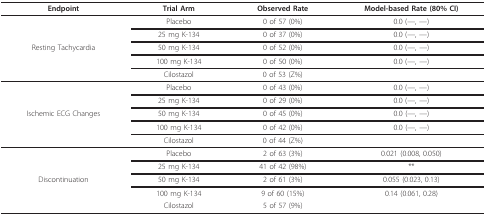
<table><thead><tr><td><b>Endpoint</b></td><td><b>Trial Arm</b></td><td><b>Observed Rate</b></td><td><b>Model-based Rate (80% CI)</b></td></tr></thead><tbody><tr><td></td><td>Placebo</td><td>0 of 57 (0%)</td><td>0.0 (---, ---)</td></tr><tr><td></td><td>25 mg K-134</td><td>0 of 37 (0%)</td><td>0.0 (---, ---)</td></tr><tr><td>Resting Tachycardia</td><td>50 mg K-134</td><td>0 of 52 (0%)</td><td>0.0 (---, ---)</td></tr><tr><td></td><td>100 mg K-134</td><td>0 of 50 (0%)</td><td>0.0 (---, ---)</td></tr><tr><td></td><td>Cilostazol</td><td>0 of 53 (Z%)</td><td></td></tr><tr><td></td><td>Placebo</td><td>0 of 43 (0%)</td><td>0.0 (---, ---)</td></tr><tr><td></td><td>25 mg K-134</td><td>0 of 29 (0%)</td><td>0.0 (---, ---)</td></tr><tr><td>Ischemic ECG Changes</td><td>50 mg K-134</td><td>0 of 45 (0%)</td><td>0.0 (---, ---)</td></tr><tr><td></td><td>100 mg K-134</td><td>0 of 42 (0%)</td><td>0.0 (---, ---)</td></tr><tr><td></td><td>Cilostazol</td><td>0 of 44 (Z%)</td><td></td></tr><tr><td></td><td>Placebo</td><td>2 of 63 (3%)</td><td>0.021 (0.008, 0.050)</td></tr><tr><td></td><td>25 mg K-134</td><td>41 of 42 (98%)</td><td>**</td></tr><tr><td>Discontinuation</td><td>50 mg K-134</td><td>2 of 61 (3%)</td><td>0.055 (0.023, 0.13)</td></tr><tr><td></td><td>100 mg K-134</td><td>9 of 60 (15%)</td><td>0.14 (0.061, 0.28)</td></tr><tr><td></td><td>Cilostazol</td><td>5 of 57 (9%)</td><td></td></tr></tbody></table>